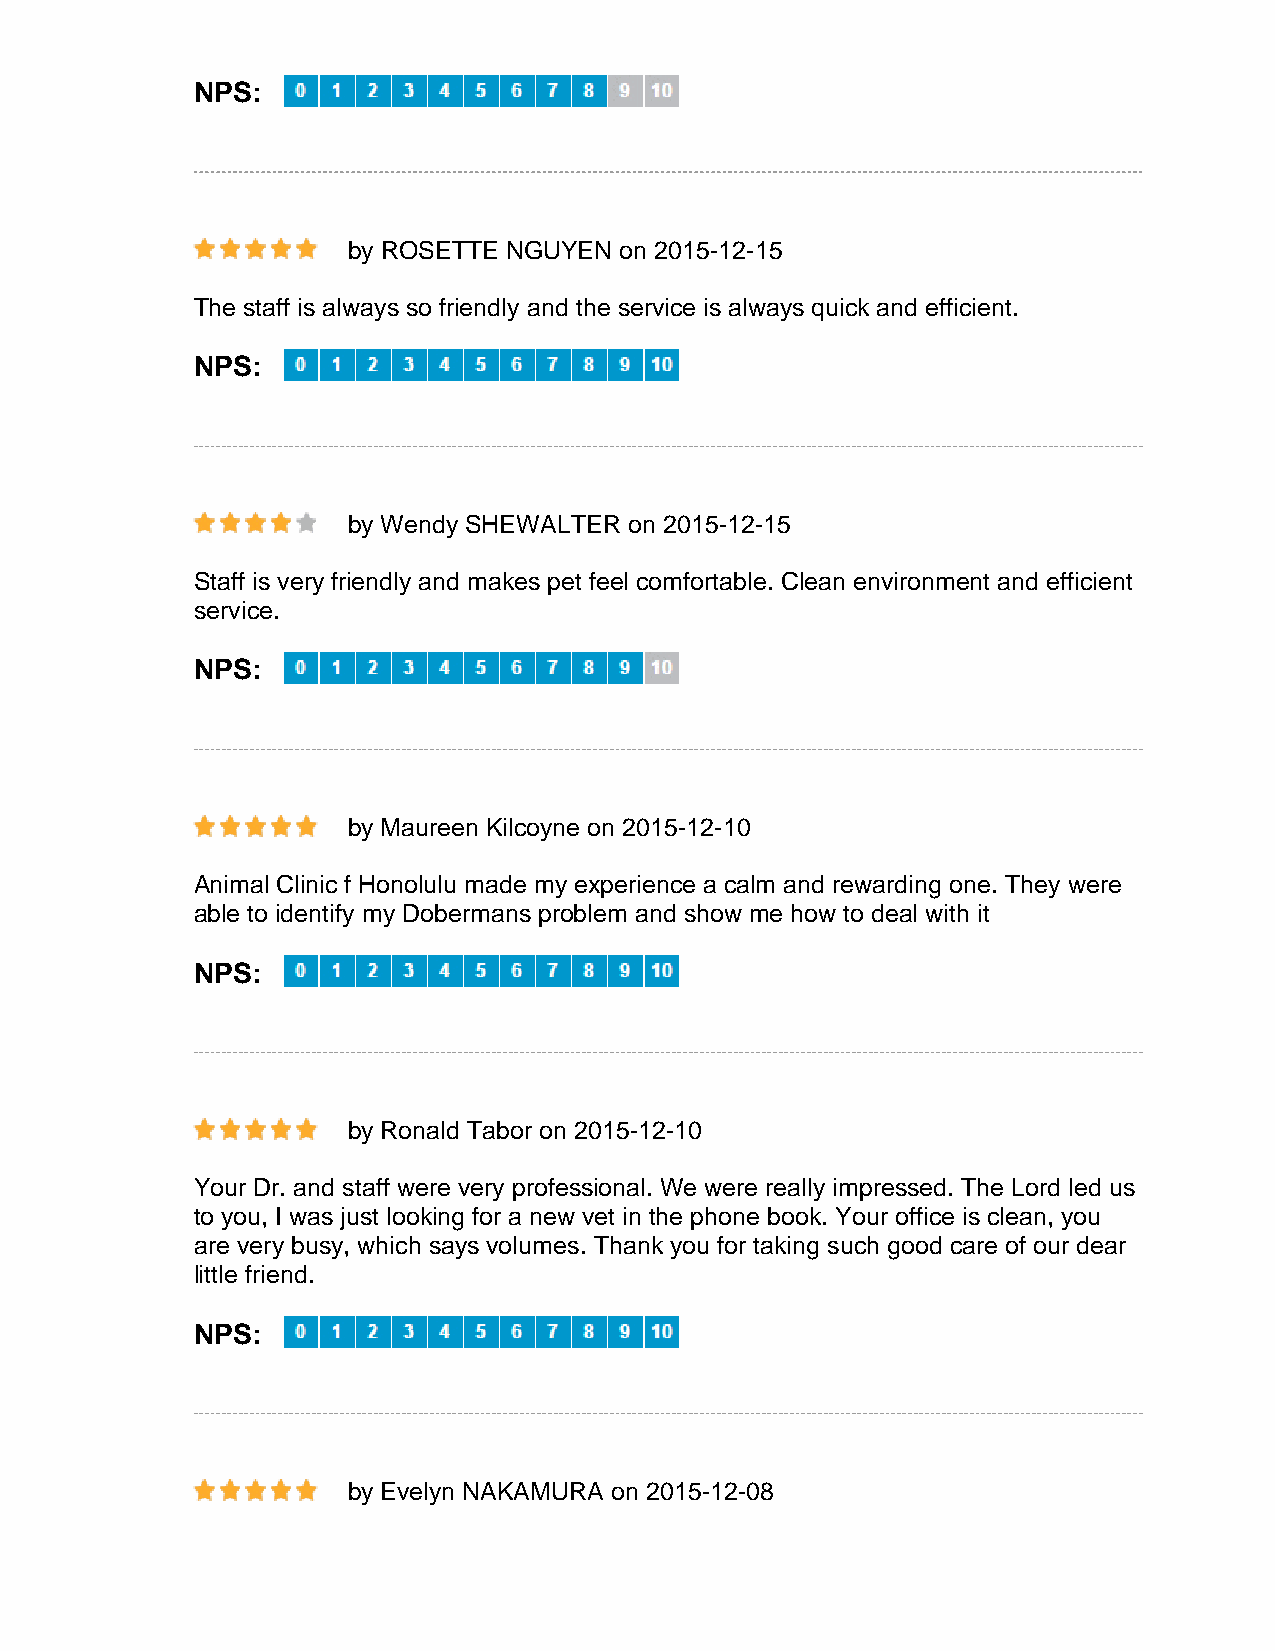
NPS:
 by ROSETTE NGUYEN on 2015-12-15
 The staff is always so friendly and the service is always quick and efficient.
 NPS:
 by Wendy SHEWALTER on 2015-12-15
 Staff is very friendly and makes pet feel comfortable. Clean environment and efficient
 service.
 NPS:
 by Maureen Kilcoyne on 2015-12-10
 Animal Clinic f Honolulu made my experience a calm and rewarding one. They were
 able to identify my Dobermans problem and show me how to deal with it
 NPS:
 by Ronald Tabor on 2015-12-10
 Your Dr. and staff were very professional. We were really impressed. The Lord led us
 to you, I was just looking for a new vet in the phone book. Your office is clean, you
 are very busy, which says volumes. Thank you for taking such good care of our dear
 little friend.
 NPS:
 by Evelyn NAKAMURA on 2015-12-08